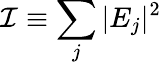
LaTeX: \mathcal{I}\equiv\sum_{j}|E_{j}|^{2}